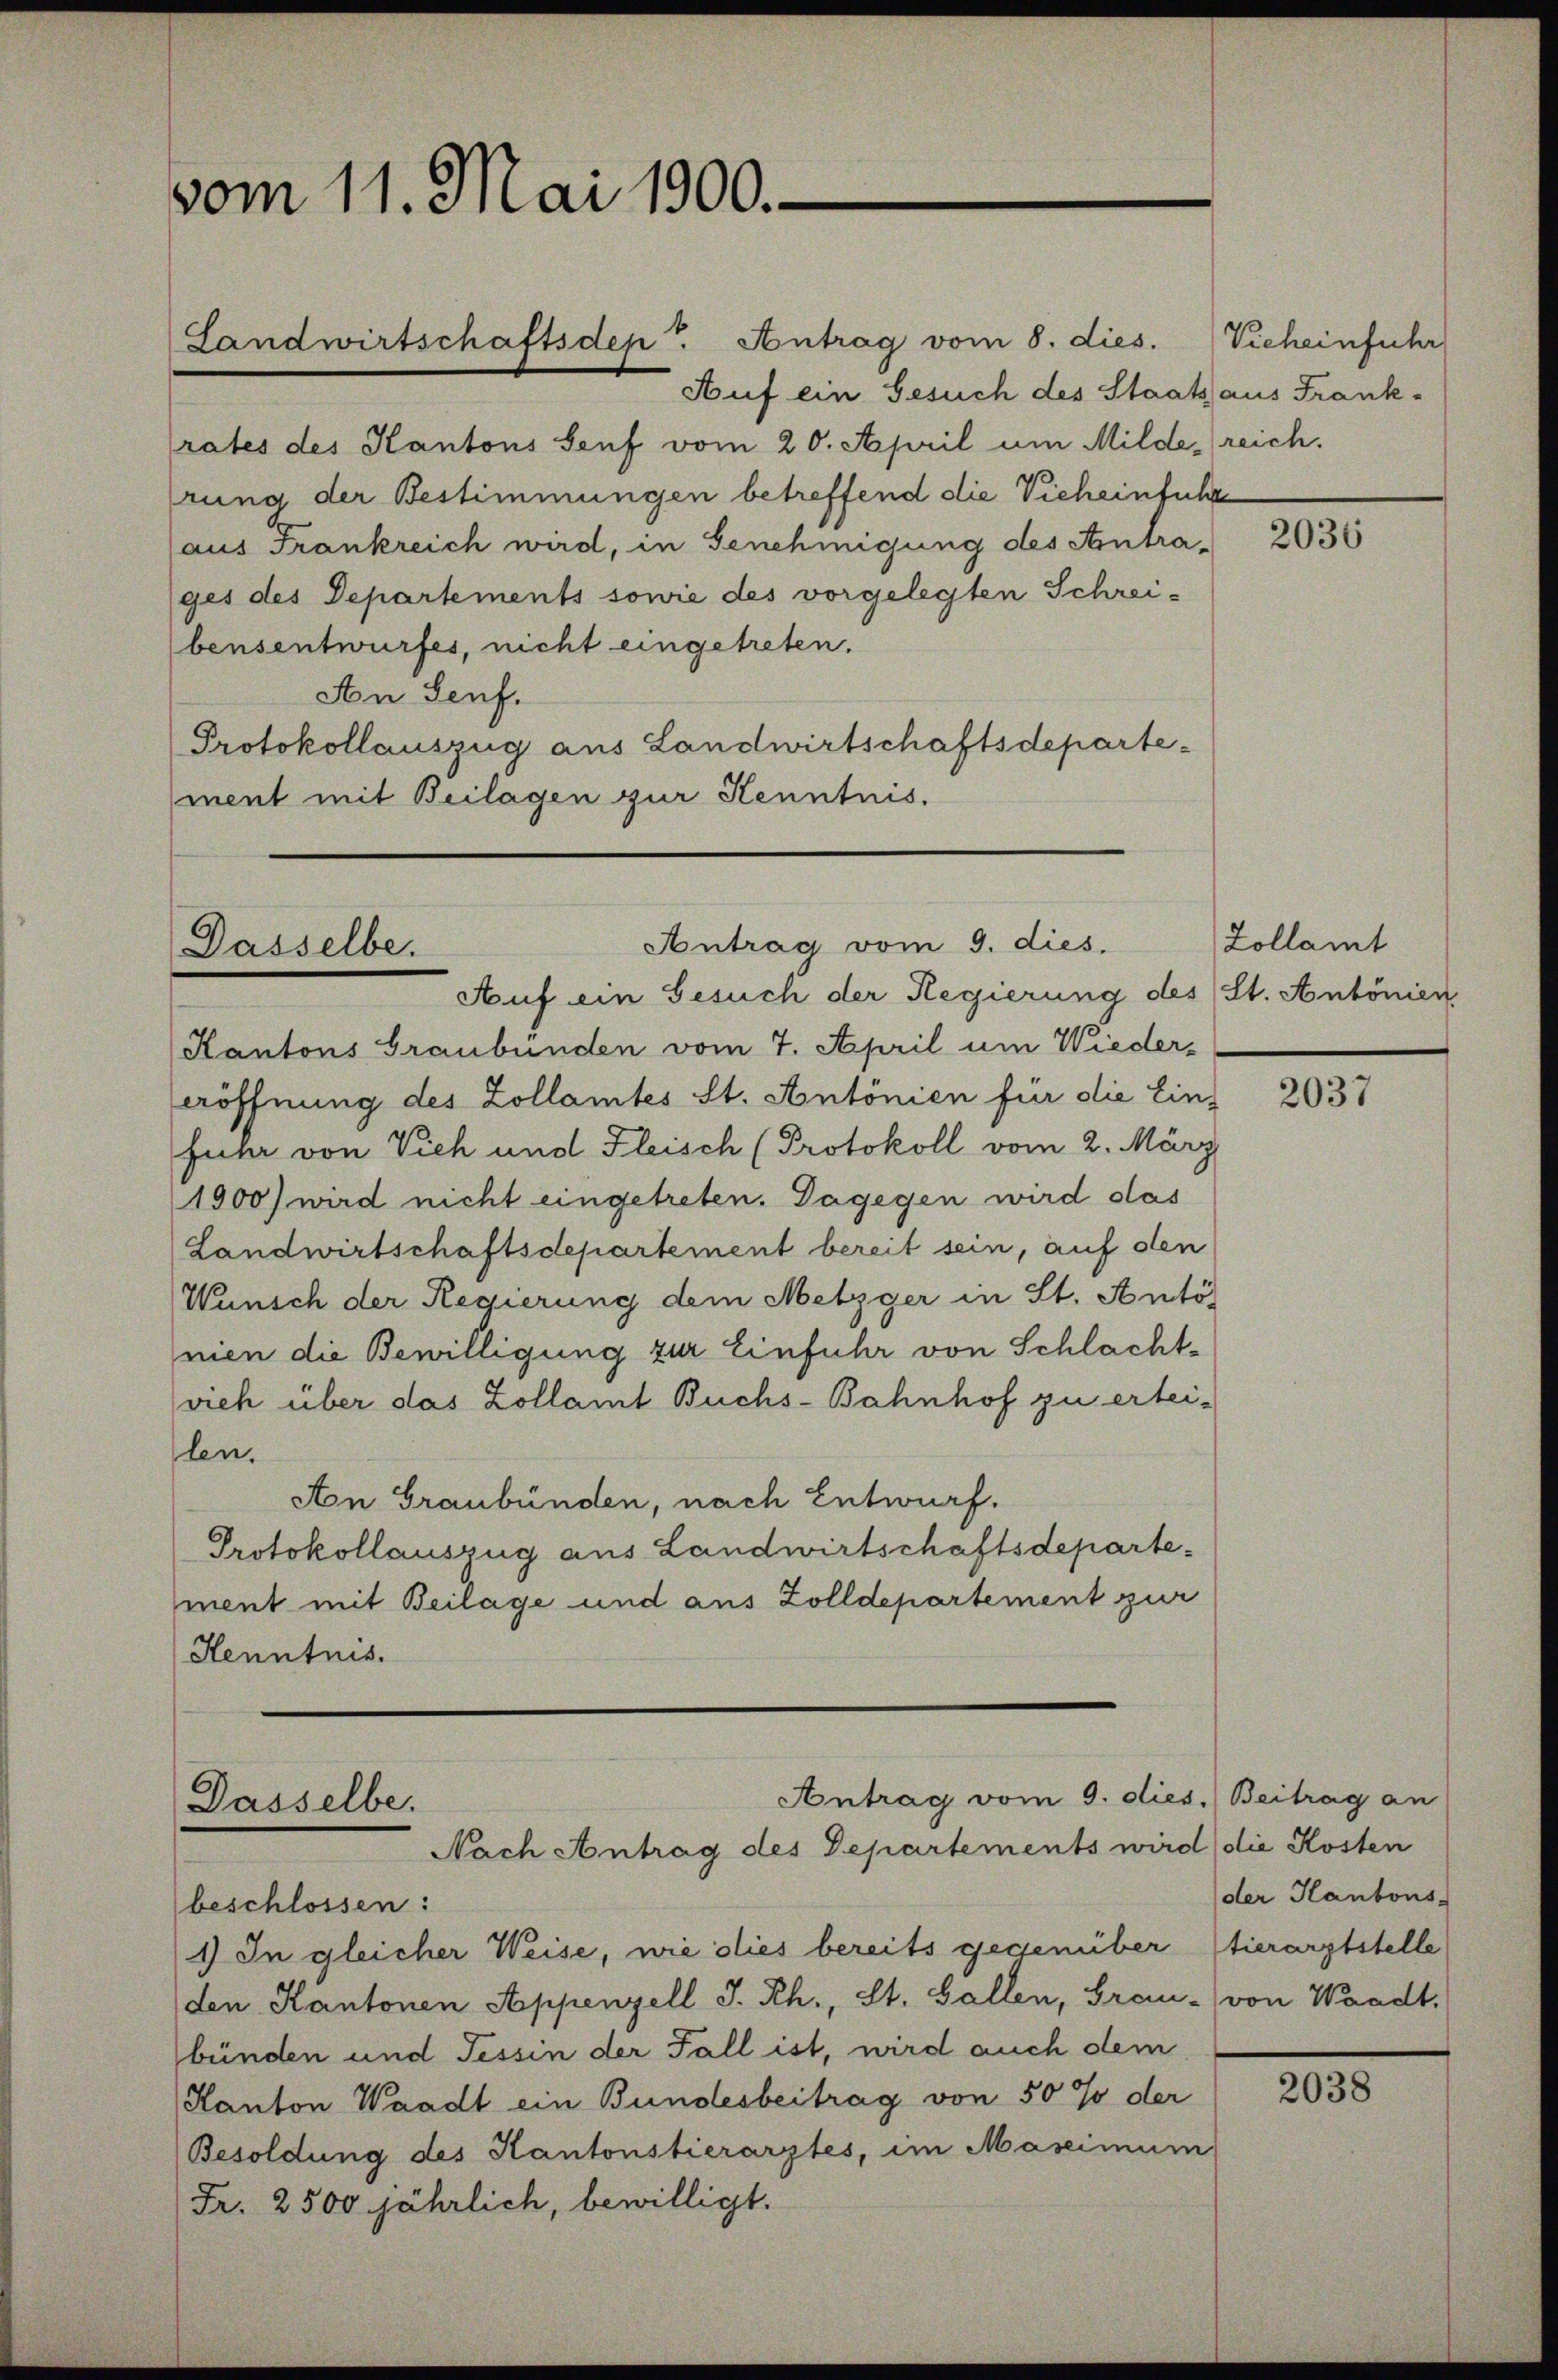
vom 11. Mai 1900.

Auf ein Gesuch des Staatsaus Frank-
rates des Kantons Senf vom 20. April um Milde reich.
rung der Bestimmungen betreffend die Vieheinführe
(aus Frankreich wird, in Genehmigung des Antrages des Departements sowie des vorgelegten Schrei-
bensentwurfes, nicht eingetreten.
An Senf.
Protokollauszug aus Landwirtschaftsdepartement mit Beilagen zur Kenntnis.

Landwirtschaftsdep. Antrag vom 8. dies.

Antrag vom 9. dies.
Dasselbe.
Auf ein Gesuch der Regierung des St. Antonien

Kantons Graubünden vom 7. April um Wiedereröffnung des Zollamtes St. Antonien für die Einfuhr von Vieh und Fleisch (Protokoll vom 2. März
1900) wird nicht eingetreten. Dagegen wird das
Landwirtschaftsdepartement bereit sein, auf den
Wunsch der Regierung dem Metzger in St. Anto
nien die Bewilligung zur Einfuhr von Schlachtvieh über das Zollamt Buchs-Bahnhof zu ertei-
len.
An Graubünden, nach Entwurf.
Protokollauszug aus Landwirtschaftsdepartement mit Beilage und aus Zolldepartement zur
Henntnis.

Antrag vom 9. dies. Beitrag an
Dasselbe.
Nach Antrag des Departements wird die Kosten

Vieheinführ

beschlossen:
1) In gleicher Weise, wie dies bereits gegenüber tierarztstelle
den Kantonen Appenzell I.Rh., St. Gallen, Grau- von Waadt,
bünden und Tessin der Fall ist, wird auch dem
Kanton Waadt ein Bundesbeitrag von 50 % der
Besoldung des Kantonstierarztes, im Maseimum
Fr. 2500 jährlich, bewilligt.

2036

Zollamt

2037

der Hantons-

2038